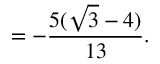
= - { \frac { 5 ( { \sqrt { 3 } } - 4 ) } { 1 3 } } .